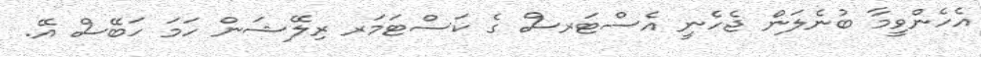
އެހެންވީމާ ބުނެލަން ޖެހެނީ އެސްޓަރސް ގެ ކަސްޓަމަރ ރިލޭޝަން ހަމަ ހަބޭސް އޭ.